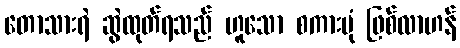
တောသားရဲ ဆွဲထုတ်ရသည် ဟူသော စကားပုံ ဖြစ်လာဟန်